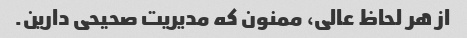
از هر لحاظ عالی، ممنون که مدیریت صحیحی دارین.